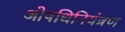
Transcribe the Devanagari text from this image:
ओषधिनियंत्रण